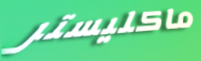
ماكليستر